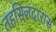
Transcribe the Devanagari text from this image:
तहसिलदारास